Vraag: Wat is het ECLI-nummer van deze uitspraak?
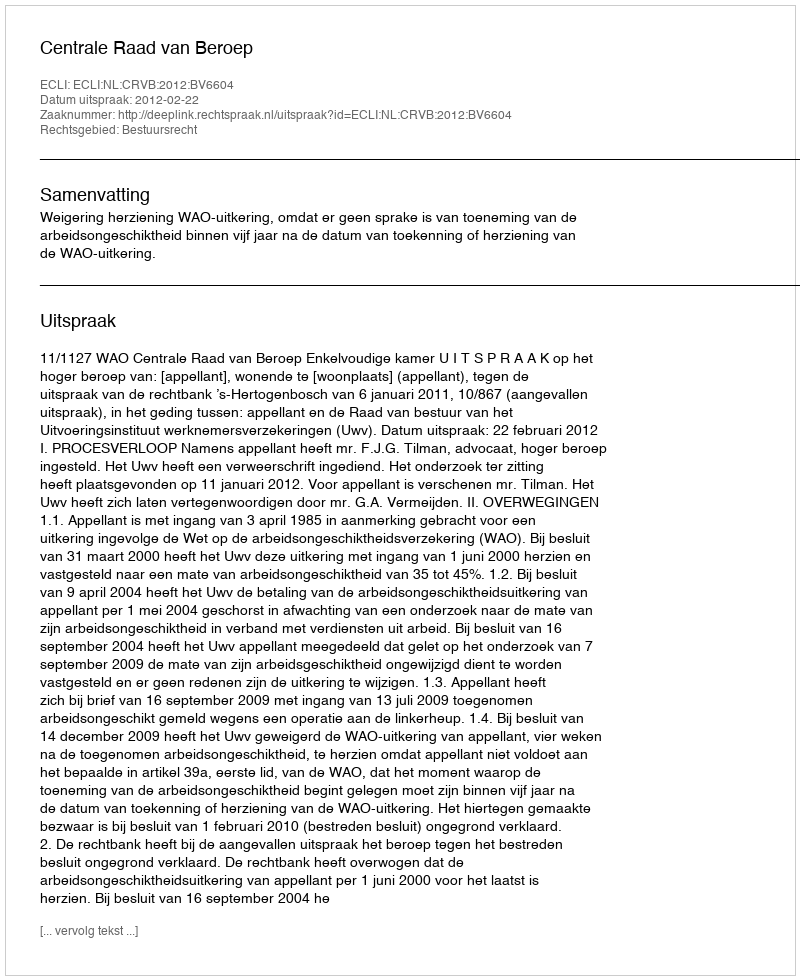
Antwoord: ECLI:NL:CRVB:2012:BV6604